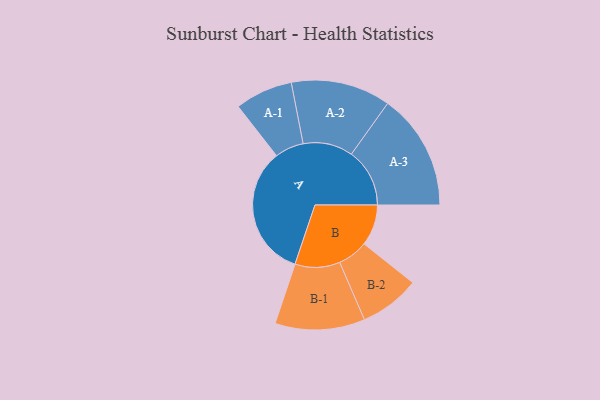
{"axis": {"x": "Segment", "y": "Value"}, "legend": ["", "A", "B"], "data": [{"x": "A", "y": 485, "type": ""}, {"x": "B", "y": 151, "type": ""}, {"x": "A-1", "y": 106, "type": "A"}, {"x": "A-2", "y": 183, "type": "A"}, {"x": "A-3", "y": 214, "type": "A"}, {"x": "B-1", "y": 165, "type": "B"}, {"x": "B-2", "y": 111, "type": "B"}]}